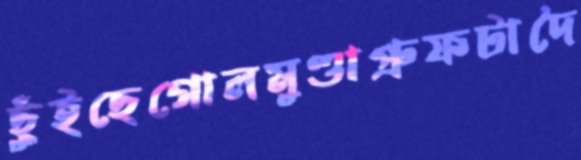
ছুঁইছেগোলমুণ্ডাপ্রুফটাদৈ